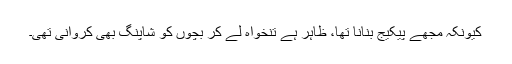
کیونکہ مجھے پیکیج بنانا تھا، ظاہر ہے تنخواہ لے کر بچوں کو شاپنگ بھی کروانی تھی۔